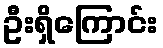
ဦးရှိကြောင်း